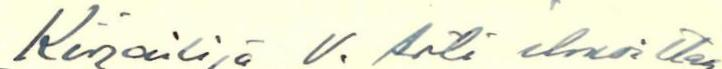
Kirjailija V. Arti ilmoittaa